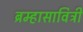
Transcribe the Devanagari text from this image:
ब्रम्हासावित्री